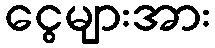
ငွေများအား